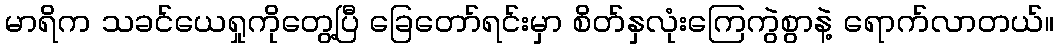
မာရိက သခင်ယေရှုကိုတွေ့ပြီ ခြေတော်ရင်းမှာ စိတ်နှလုံးကြေကွဲစွာနဲ့ ရောက်လာတယ်။